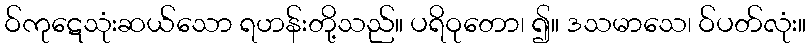
ဝ်ကုဋေသုံးဆယ်သော ရဟန်းတို့သည်။ ပရိဝုတော၊ ၍။ ဒသမာသေ၊ ဝ်ပတ်လုံး။